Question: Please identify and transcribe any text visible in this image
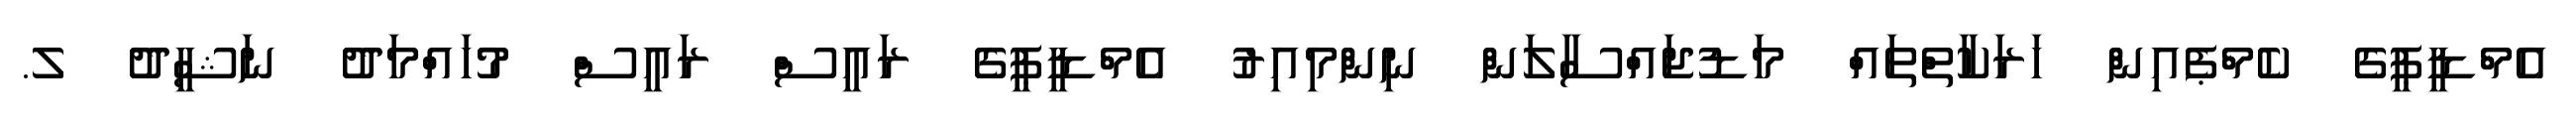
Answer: އެމްޑީޕީގެ ކެމްޕެއިން ހަރަކާތްތައް މަޑުޖައްސާލަން ނިންމިއިރު އެމްޑީޕީގެ ރައީސް ރައީސް މުހައްމަދު ނަޝީދު ލ.